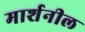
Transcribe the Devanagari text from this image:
मार्शनील